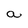
Character: a